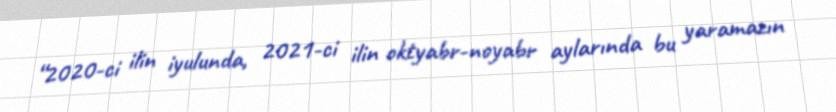
“2020-ci ilin iyulunda, 2021-ci ilin oktyabr-noyabr aylarında bu yaramazın